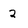
Character: 2